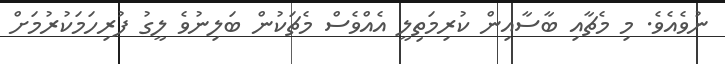
ނުވެއެވެ. މި މެޗާއި ބާސާއިން ކުރިމަތިލީ އެއްވެސް މެޗަކުން ބަލިނުވެ ލީގު ފުރިހަމަކުރުމަށް